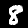
Digit: 8